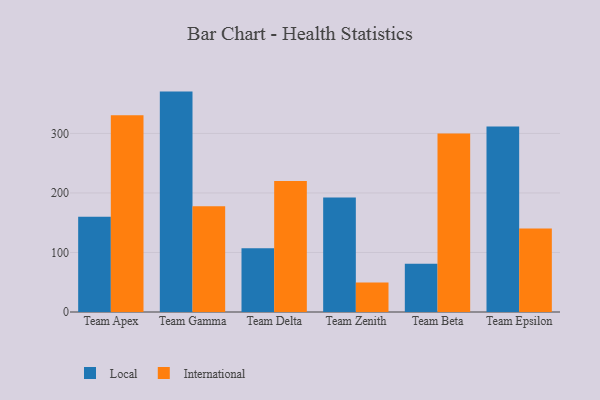
{"axis": {"x": "Team", "y": "Inventory Turnover"}, "legend": ["International", "Local"], "data": [{"x": "Team Apex", "y": 160.0, "type": "Local"}, {"x": "Team Apex", "y": 330.6, "type": "International"}, {"x": "Team Gamma", "y": 370.3, "type": "Local"}, {"x": "Team Gamma", "y": 177.7, "type": "International"}, {"x": "Team Delta", "y": 107.2, "type": "Local"}, {"x": "Team Delta", "y": 220.0, "type": "International"}, {"x": "Team Zenith", "y": 192.4, "type": "Local"}, {"x": "Team Zenith", "y": 49.5, "type": "International"}, {"x": "Team Beta", "y": 80.9, "type": "Local"}, {"x": "Team Beta", "y": 299.8, "type": "International"}, {"x": "Team Epsilon", "y": 311.5, "type": "Local"}, {"x": "Team Epsilon", "y": 140.1, "type": "International"}]}